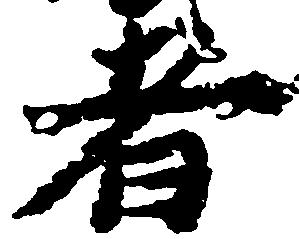
者